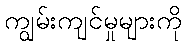
ကျွမ်းကျင်မှုများကို